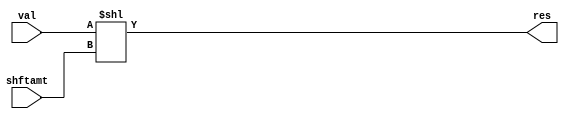
module sllOp(res, val, shftamt);
  input [31:0] val;
  input [4:0] shftamt;
  output [31:0] res;

  wire [31:0] shft16, shft8, shft4, shft2, shft1;
  wire [31:0] res16, res8, res4, res2, res1;

  /*
  assign res16  = shftamt[4] ? shft16 : val;
  assign res8   = shftamt[3] ? shft8 : res16;
  assign res4   = shftamt[2] ? shft4 : res8;
  assign res2   = shftamt[1] ? shft2 : res4;
  assign res1   = shftamt[0] ? shft1 : res2;

  assign res = res1;

  assign shft16[31:16] = val[15:0];
  assign shft16[15:0] = 0;

  assign shft8[31:8] = res16[23:0];
  assign shft8[7:0] = 0;

  assign shft4[31:4] = res8[27:0];
  assign shft4[3:0] = 0;

  assign shft2[31:2] = res4[29:0];
  assign shft2[1:0] = 0;

  assign shft1[31:1] = res2[30:0];
  assign shft1[0] = 0;
  */
  
  assign res = val << shftamt;

endmodule